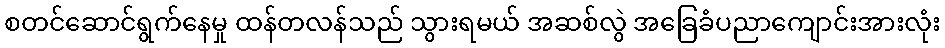
စတင်ဆောင်ရွက်နေမှု ထန်တလန်သည် သွားရမယ် အဆစ်လွဲ အခြေခံပညာကျောင်းအားလုံး